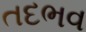
તદભવ